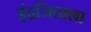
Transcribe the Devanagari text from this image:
इंद्रजिताला